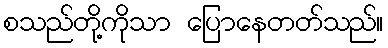
စသည်တို့ကိုသာ ပြောနေတတ်သည်။